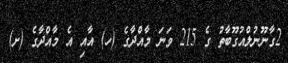
2ގާނޫނުލްއުގޫބާތު ގެ 215 ވަނަ މާއްދާގެ (ހ) އާއި އެ މާއްދާގެ (ށ)